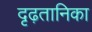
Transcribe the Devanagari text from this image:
दृढ़तानिका